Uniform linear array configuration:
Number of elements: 32
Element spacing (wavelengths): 0.5
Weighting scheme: hamming
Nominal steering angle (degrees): -30
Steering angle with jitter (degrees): -31.635
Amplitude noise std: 0.05
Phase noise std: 0.05

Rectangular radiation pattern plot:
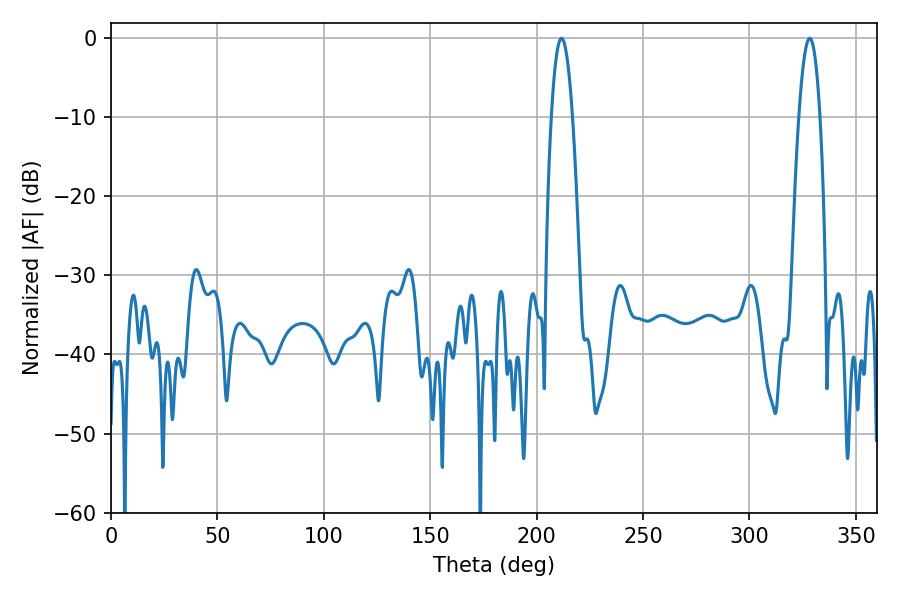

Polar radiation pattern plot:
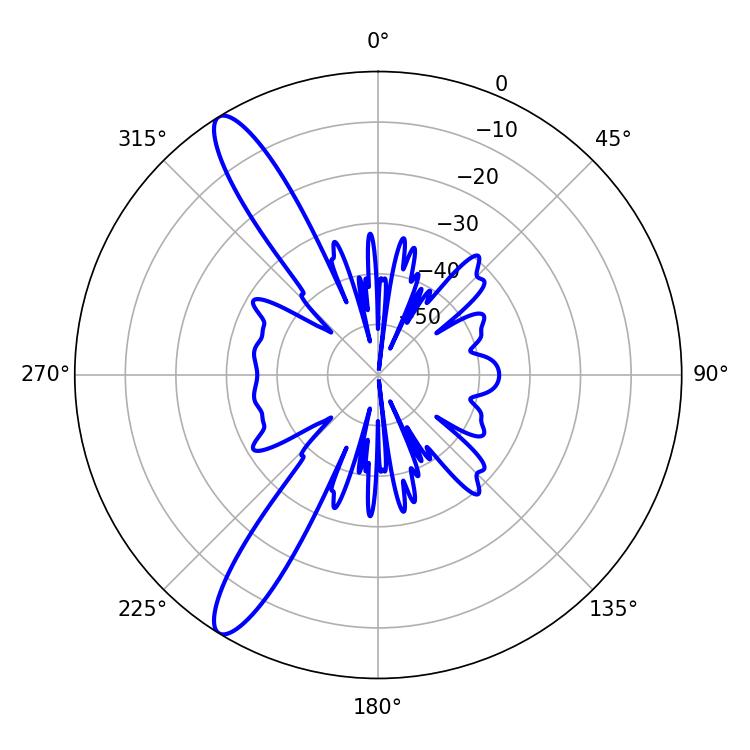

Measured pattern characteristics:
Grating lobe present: FALSE
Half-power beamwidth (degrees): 5.4
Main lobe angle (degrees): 211.68